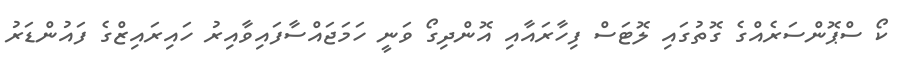
ކޯ ސްޕޮންސަރެއްގެ ގޮތުގައި ލޮޓަސް ފިހާރައާއި އޮންދިގޯ ވަނީ ހަމަޖައްސާފައިވާއިރު ހައިރައިޒްގެ ފައުންޑަރު